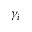
\gamma _ { i }